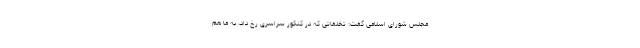
مجلس شورای اسلامی گفت: تخلفاتی که در کنکور سراسری رخ داد، به ما هم